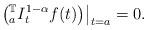
LaTeX: \begin{align*}\left.\left(_{a}^{\mathbb{T}}I_{t}^{1-\alpha}f(t)\right)\right|_{t=a}=0.\end{align*}